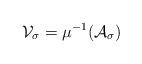
LaTeX: \begin{align*}\mathcal{V}_{\sigma} = \mu^{-1}(\mathcal{A}_{\sigma})\end{align*}